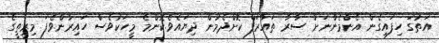
އަތުގަ ހިފައިގެން އެންމެންނަށް ސާރާ ތައާރަފް ކޮށްދެމުން ދިޔައެވެ.ކޮންމެ މީހަކުވެސް ހައިރާންވެފަ މިރީތީގެ